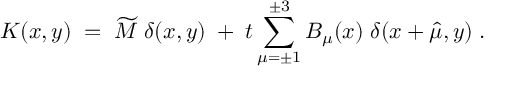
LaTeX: K ( x , y ) \; = \; \widetilde { M } \; \delta ( x , y ) \; + \; t \sum _ { \mu = \pm 1 } ^ { \pm 3 } B _ { \mu } ( x ) \; \delta ( x + \hat { \mu } , y ) \; .